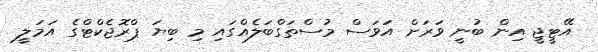
އޭޓީޖީ އިން ބުނީ ވަރަށް އަވަސް މުސްތަގްބަލެއްގައި މި ބިޔަ ޕްރޮޖެކްޓްގެ އަމަލީ